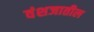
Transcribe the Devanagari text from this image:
वंशजातील